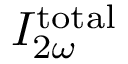
I _ { 2 \omega } ^ { \mathrm { t o t a l } }